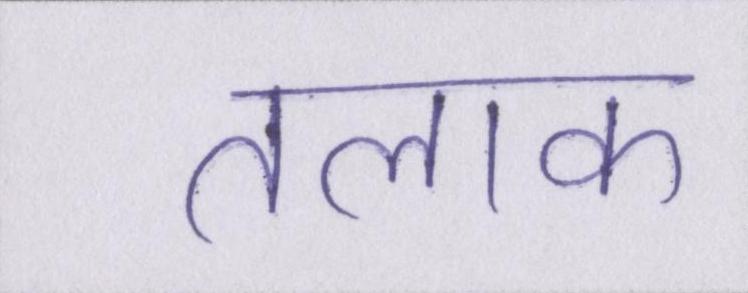
तलाक